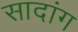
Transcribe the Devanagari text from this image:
सादांग